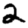
Digit: 2